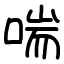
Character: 喘